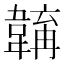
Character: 𩏎